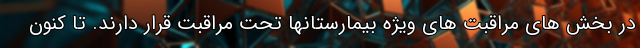
در بخش های مراقبت های ویژه بیمارستانها تحت مراقبت قرار دارند. تا کنون